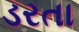
ડરતા